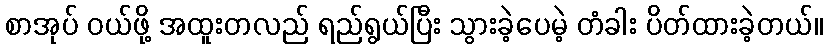
စာအုပ် ဝယ်ဖို့ အထူးတလည် ရည်ရွယ်ပြီး သွားခဲ့ပေမဲ့ တံခါး ပိတ်ထားခဲ့တယ်။